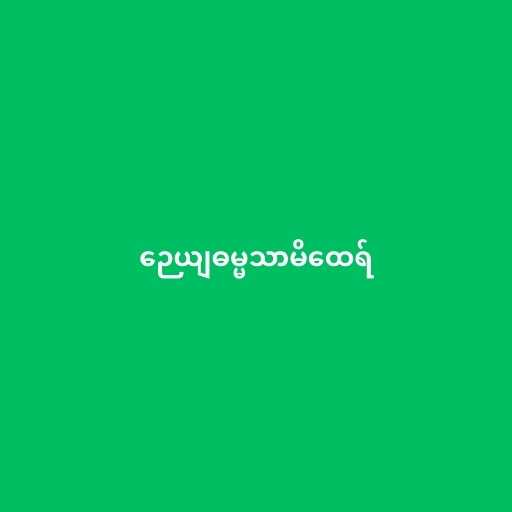
ဉေယျဓမ္မသာမိထေရ်